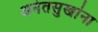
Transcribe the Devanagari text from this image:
अनंतसुखांना